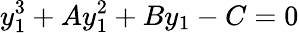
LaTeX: y_{1}^{3}+Ay_{1}^{2}+By_{1}-C=0